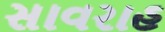
સાવરાહ